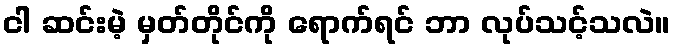
ငါ ဆင်းမဲ့ မှတ်တိုင်ကို ရောက်ရင် ဘာ လုပ်သင့်သလဲ။